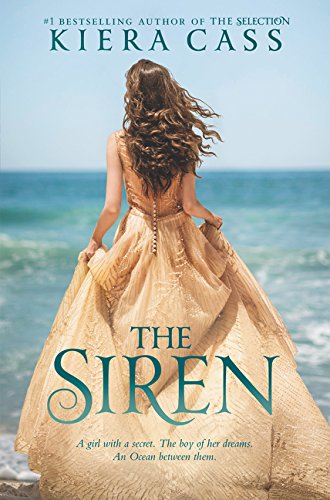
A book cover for The Siren; Kiera Cass; Teen & Young Adult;